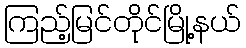
ကြည့်မြင်တိုင်မြို့နယ်